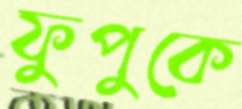
ফুপুকে